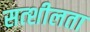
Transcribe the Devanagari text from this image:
सत्शीलता